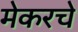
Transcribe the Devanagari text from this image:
मेकरचे